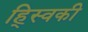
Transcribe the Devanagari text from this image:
ह्स्विकी